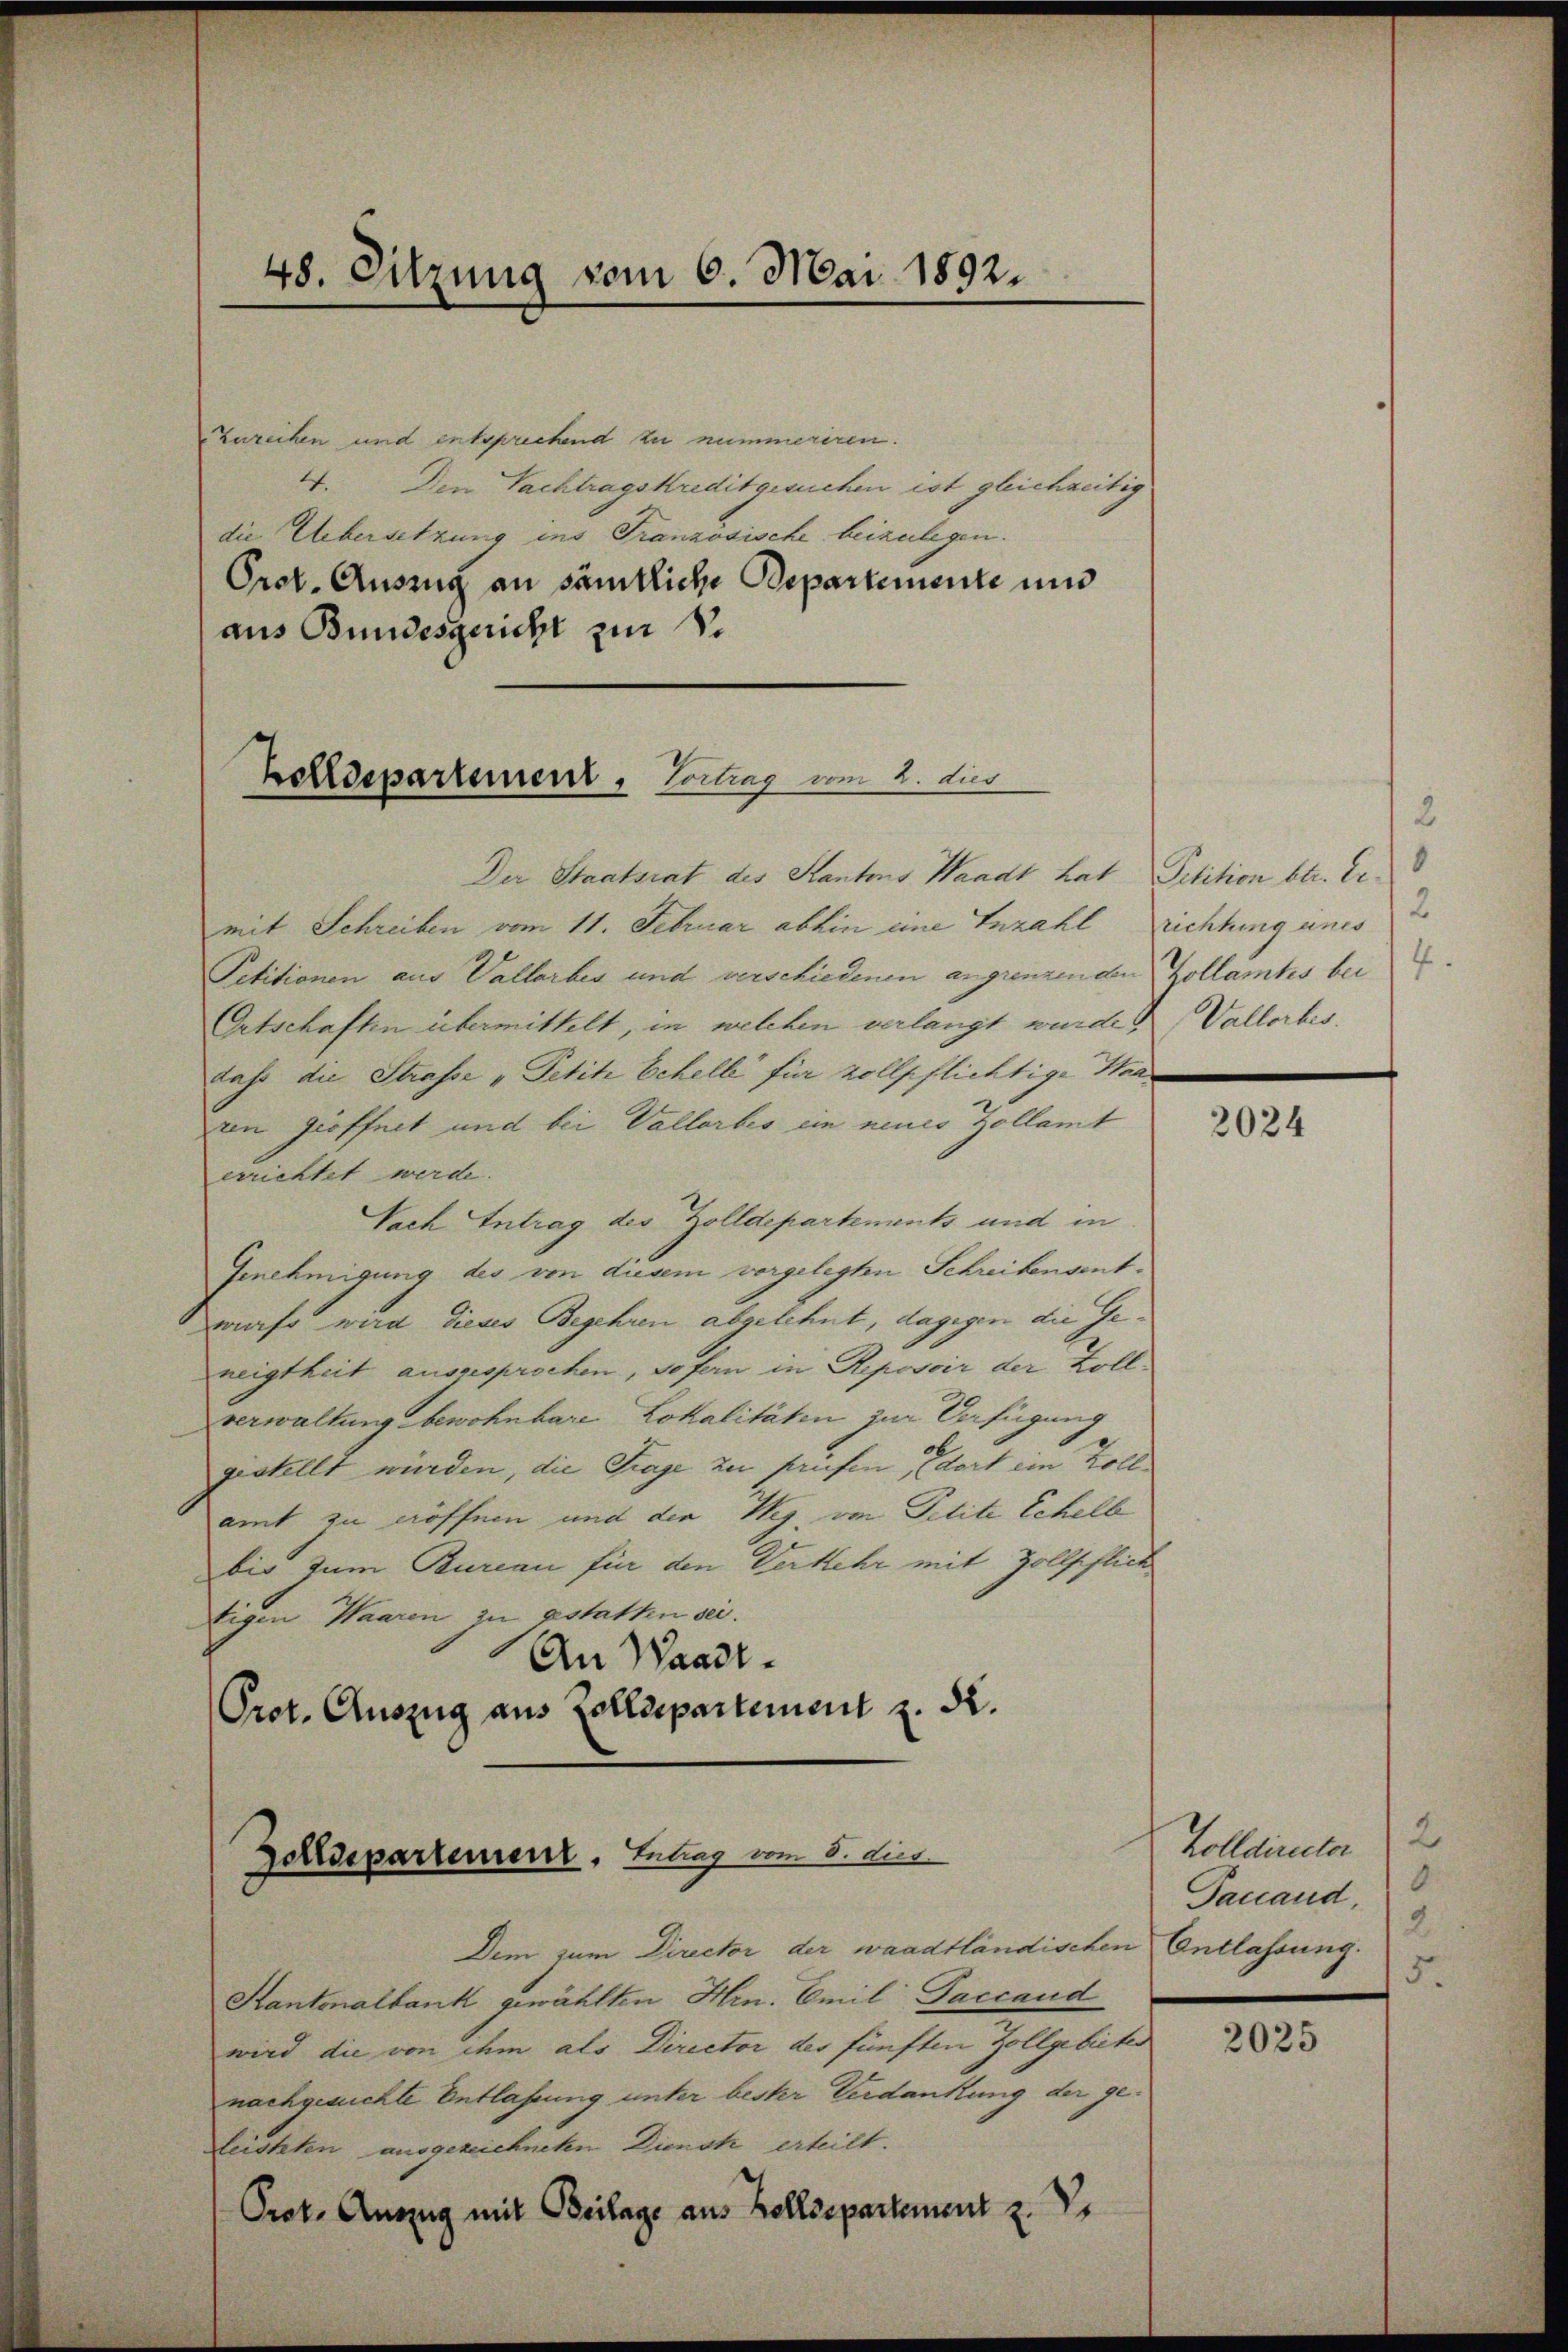
48. Sitzung vom 6. Mai 1892.

zureihen und entsprechend zu nummeriren.
4. Den Nachtragskredit gesuchen ist gleichzeitig
die Uebersetzung ins Französische beizulegen.
Prot. Auszug an sämtliche Departemente und
aus Bundesgericht zur S.

Bolldepartement, Vortrag vom 2. dies

Zolldepartemenr, Antrag vom 8. dies

Der Staatsrat des Kantons Waadt hat Petition betr. Er
mit Schreiben vom 11. Februar abhin eine Anzahl
Petitionen aus Vallorbes und verschiedenen angrenzenden Zollamtes bei
Ortschaften übermittelt, in welchen verlangt wurde. Vallorbis
dass die Strasse „Petite Schelle für zollpflichtige Hanin geöffnet und bei Vallerbes ein neues Zollamt
errichtet werde.
Nach Antrag des Zolldepartements und in
Genehmigung des von diesem vorgelegten Schreibensentwirft wird dieses Begehren abgelehnt, dagegen die Geneigtheit ausgesprochen, sofern in Reposoir der Zollverwaltung bewohnbare Lokalitäten zur Verfügung
gestellt wurden, die Trage zu prüfen, dort ein Zollamt zu eröffnen und der Weg, von Petite Schelb
bis zum Bureau für den Verkehr mit Zollpflick
tigen Waaren zu gestatten sei.
An Waadt.
Prot. Auszug aus Zolldepartement z. S.

2
2
richtung eines

Dem zum Director der waadtländischen Entlassung.
Kantonalbank gewählten Hrn. Emil Taccand
wird die von ihm als Director des fünften Zollgebieter
nachgesuchte Entlassung unter bester Verdankung der geleisteten ausgezeichneten Dienst erteilt.
Prot. Auszug mit Beilage aus Zolldepartement z. V.

2024

Zolldimeter ) 2
9.
Taccaud,
2
5.

2025